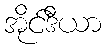
အိုင်ဒီယာ